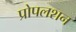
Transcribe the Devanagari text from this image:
प्रोपलशन